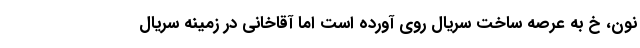
نون، خ به عرصه ساخت سریال روی آورده است اما آقاخانی در زمینه سریال